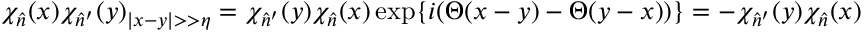
\chi _ { \hat { n } } ( x ) \chi _ { \hat { n } ^ { \prime } } ( y ) _ { | x - y | > > \eta } = \chi _ { \hat { n } ^ { \prime } } ( y ) \chi _ { \hat { n } } ( x ) \exp \{ i ( \Theta ( x - y ) - \Theta ( y - x ) ) \} = - \chi _ { \hat { n } ^ { \prime } } ( y ) \chi _ { \hat { n } } ( x )